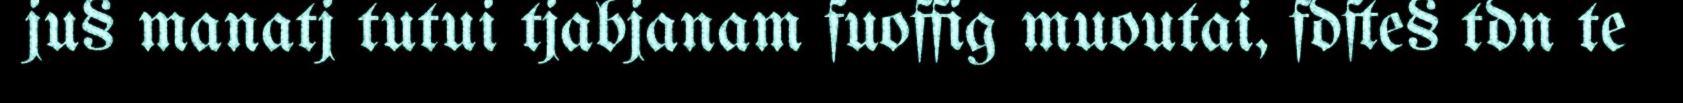
ju§ manatj tutui tjabjanam fuoffig muoutai, fdfte§ tdn te